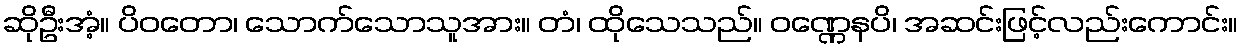
ဆိုဦးအံ့။ ပိဝတော၊ သောက်သောသူအား။ တံ၊ ထိုသေသည်။ ဝဏ္ဏေနပိ၊ အဆင်းဖြင့်လည်းကောင်း။